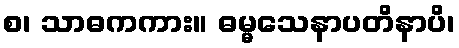
စ၊ သာဓကကား။ ဓမ္မသေနာပတိနာပိ၊